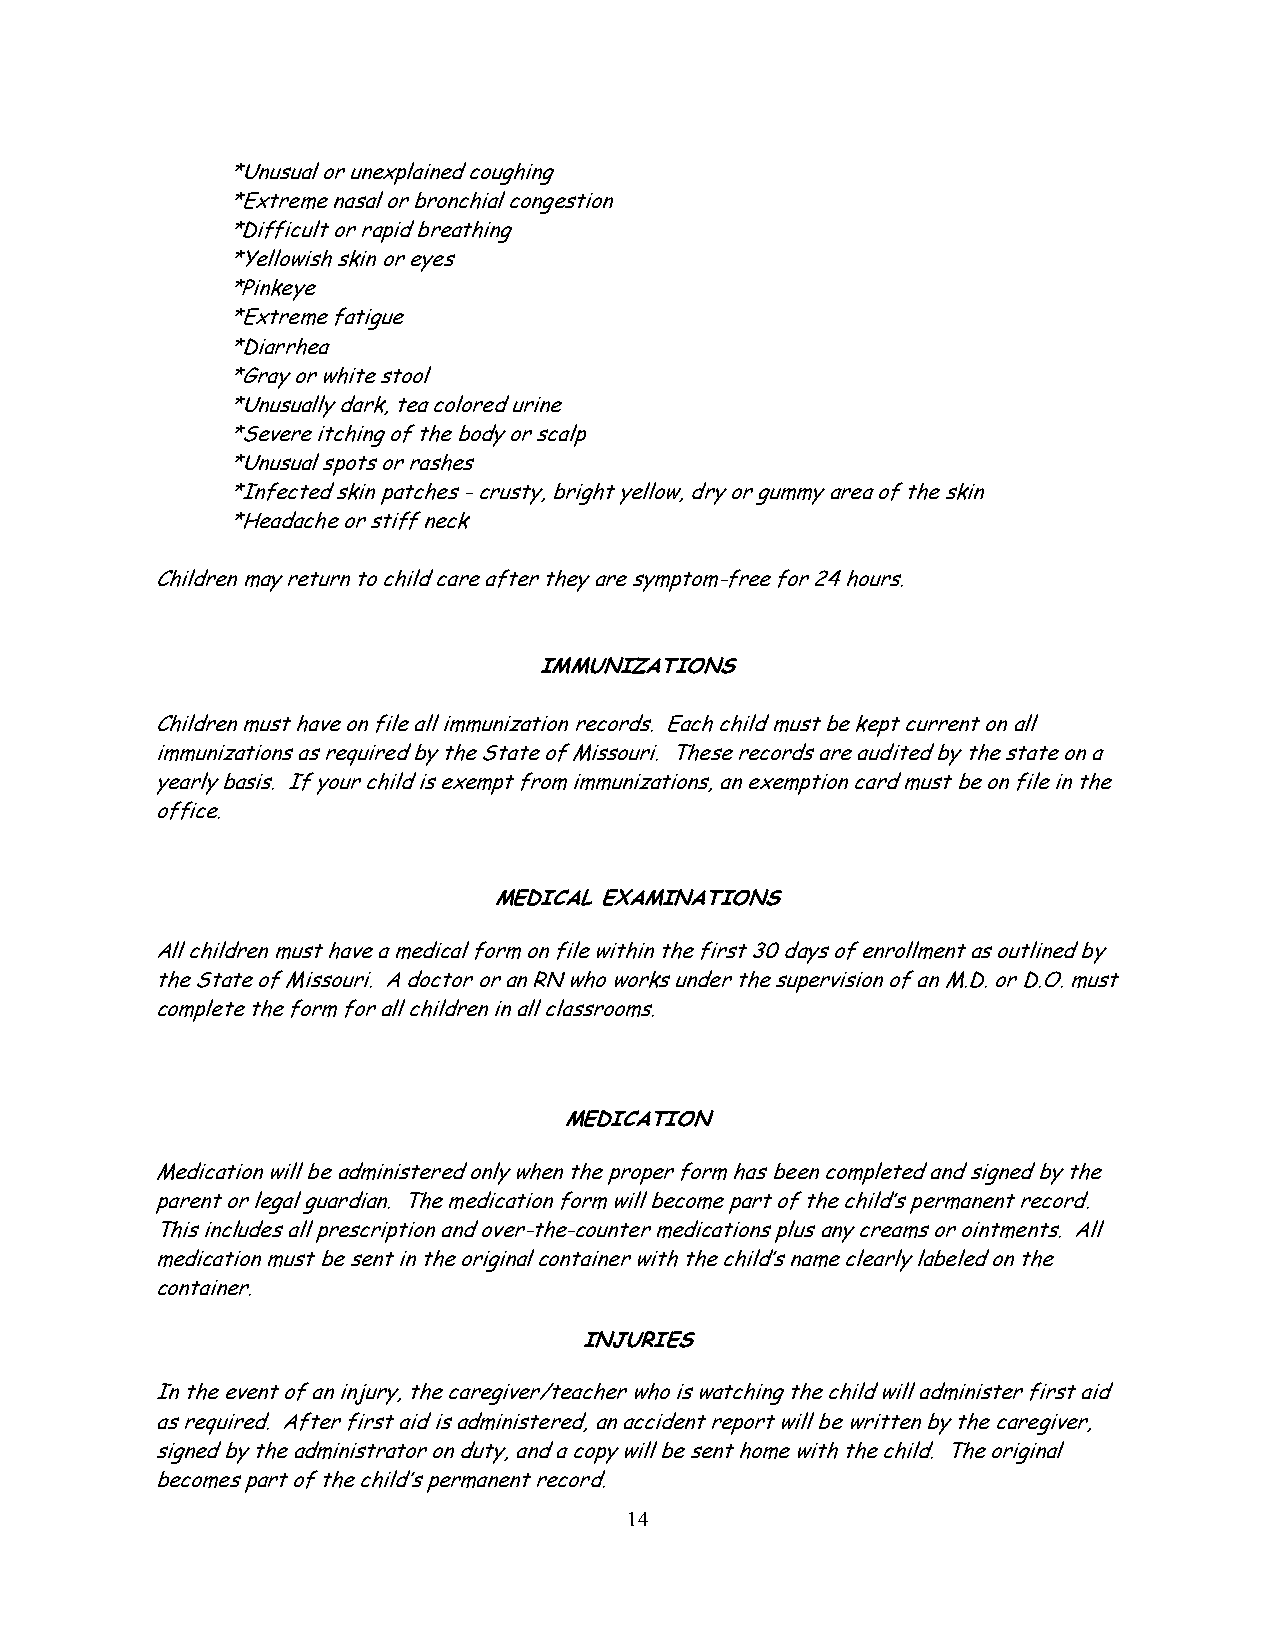
*Unusual or unexplained coughing
 *Extreme nasal or bronchial congestion
 *Difficult or rapid breathing
 *Yellowish skin or eyes
 *Pinkeye
 *Extreme fatigue
 *Diarrhea
 *Gray or white stool
 *Unusually dark, tea colored urine
 *Severe itching of the body or scalp
 *Unusual spots or rashes
 *Infected skin patches - crusty, bright yellow, dry or gummy area of the skin
 *Headache or stiff neck
 Children may return to child care after they are symptom-free for 24 hours.
 IMMUNIZATIONS
 Children must have on file all immunization records. Each child must be kept current on all
 immunizations as required by the State of Missouri. These records are audited by the state on a
 yearly basis. If your child is exempt from immunizations, an exemption card must be on file in the
 office.
 MEDICAL EXAMINATIONS
 All children must have a medical form on file within the first 30 days of enrollment as outlined by
 the State of Missouri. A doctor or an RN who works under the supervision of an M.D. or D.O. must
 complete the form for all children in all classrooms.
 MEDICATION
 Medication will be administered only when the proper form has been completed and signed by the
 parent or legal guardian. The medication form will become part of the child’s permanent record.
 This includes all prescription and over-the-counter medications plus any creams or ointments. All
 medication must be sent in the original container with the child’s name clearly labeled on the
 container.
 INJURIES
 In the event of an injury, the caregiver/teacher who is watching the child will administer first aid
 as required. After first aid is administered, an accident report will be written by the caregiver,
 signed by the administrator on duty, and a copy will be sent home with the child. The original
 becomes part of the child’s permanent record.
 14